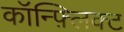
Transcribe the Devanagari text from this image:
कॉन्फ़्लिक्ट